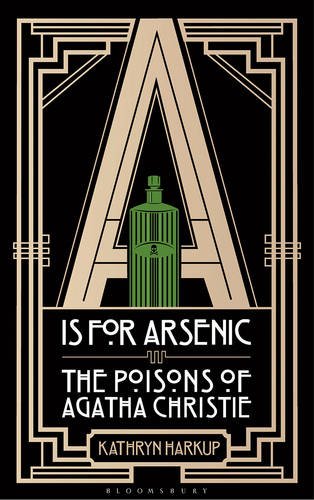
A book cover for A Is for Arsenic: The Poisons of Agatha Christie; Kathryn Harkup; Mystery, Thriller & Suspense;